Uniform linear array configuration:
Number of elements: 32
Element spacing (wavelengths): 1
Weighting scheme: cosine
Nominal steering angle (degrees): -45
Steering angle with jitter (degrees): -44.904
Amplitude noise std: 0.05
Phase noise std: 0.05

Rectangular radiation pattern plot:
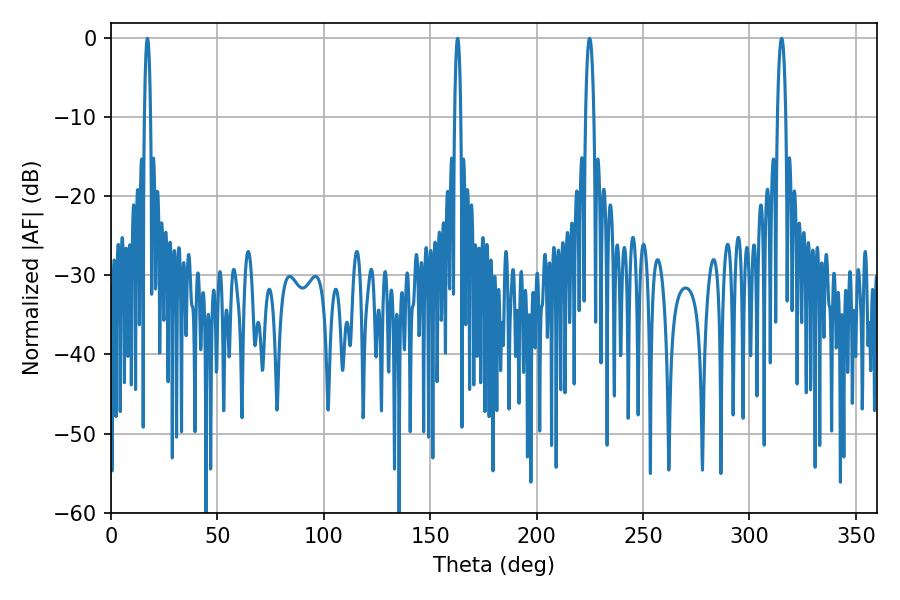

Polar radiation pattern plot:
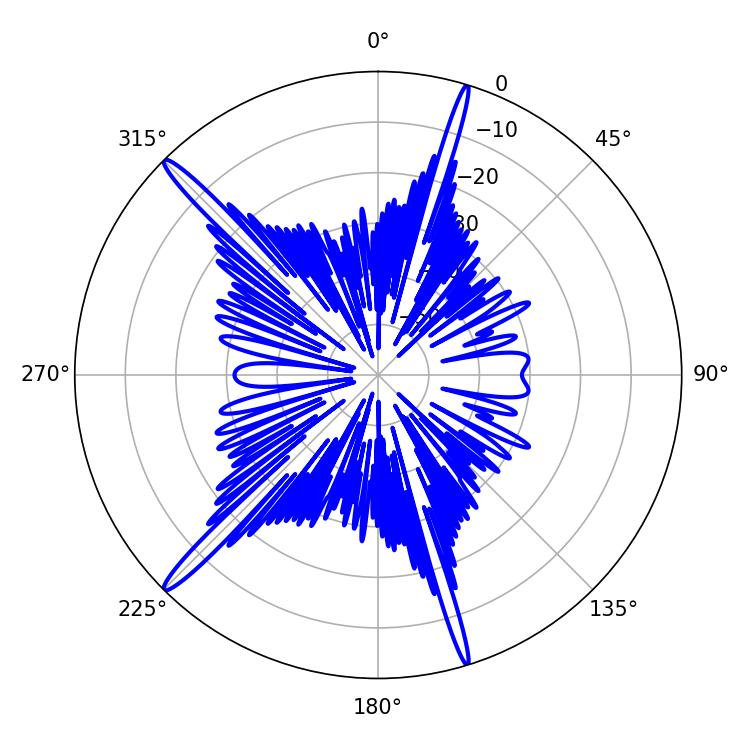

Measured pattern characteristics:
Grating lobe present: TRUE
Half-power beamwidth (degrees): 1.44
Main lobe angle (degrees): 17.1